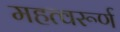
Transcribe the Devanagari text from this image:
महत्वरूर्ण